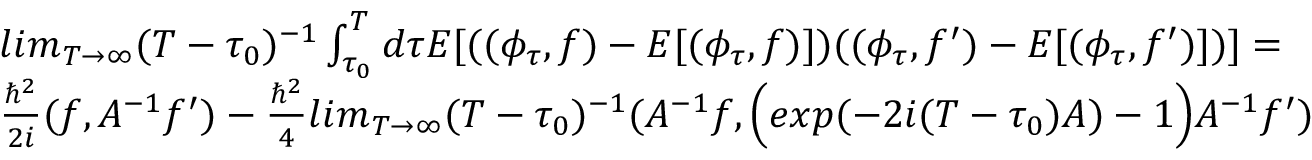
\begin{array} { l } { { l i m _ { T \rightarrow \infty } ( T - \tau _ { 0 } ) ^ { - 1 } \int _ { \tau _ { 0 } } ^ { T } d \tau E [ ( ( \phi _ { \tau } , f ) - E [ ( \phi _ { \tau } , f ) ] ) ( ( \phi _ { \tau } , f ^ { \prime } ) - E [ ( \phi _ { \tau } , f ^ { \prime } ) ] ) ] = } } \\ { { \frac { \hbar ^ { 2 } } { 2 i } ( f , { \cal A } ^ { - 1 } f ^ { \prime } ) - \frac { \hbar ^ { 2 } } { 4 } l i m _ { T \rightarrow \infty } ( T - \tau _ { 0 } ) ^ { - 1 } ( { \cal A } ^ { - 1 } f , \Big ( e x p ( - 2 i ( T - \tau _ { 0 } ) { \cal A } ) - 1 \Big ) { \cal A } ^ { - 1 } f ^ { \prime } ) } } \end{array}